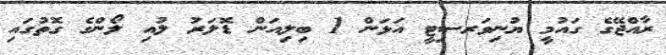
ރާއްޖޭގެ ގައުމީ ޔުނިވަރސިޓީ އަޅަން 1 ބިލިއަން ޑޮލަރު ލުއި ލޯންގެ ގޮތުގައި